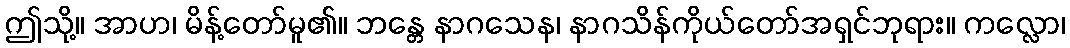
ဤသို့။ အာဟ၊ မိန့်တော်မူ၏။ ဘန္တေ နာဂသေန၊ နာဂသိန်ကိုယ်တော်အရှင်ဘုရား။ ကလ္လော၊